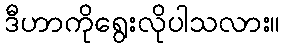
ဒီဟာကိုရွေးလိုပါသလား။